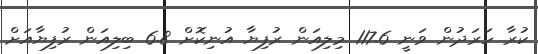
ކުރާ ހަރަދުން ވަނީ 117.6 މިލިއަން ރުފިޔާ އުނިކޮށް 6.8 ބިލިއަން ރުފިޔާއަށް